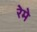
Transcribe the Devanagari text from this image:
रेमे